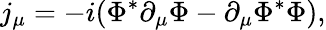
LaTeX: j_{\mu}=-i(\Phi^{*}\partial_{\mu}\Phi-\partial_{\mu}\Phi^{*}\Phi),